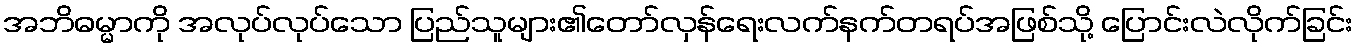
အဘိဓမ္မာကို အလုပ်လုပ်သော ပြည်သူများ၏တော်လှန်ရေးလက်နက်တရပ်အဖြစ်သို့ ပြောင်းလဲလိုက်ခြင်း